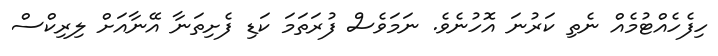
ހިފެހެއްޓުމެއް ނެތި ކަރުނަ އޮހުނެވެ. ނަމަވެސް ފުރަތަމަ ކަޑި ފެށިތަނާ އޭނާއަށް ލިރިކްސް